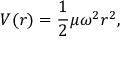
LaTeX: V ( r ) = { \frac { 1 } { 2 } } \mu \omega ^ { 2 } r ^ { 2 } ,